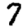
Digit: 7